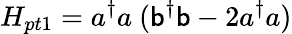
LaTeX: H_{pt1}=a^{\dagger}a\ (\mathsf{b}^{\dagger}\mathsf{b}-2a^{\dagger}a)